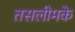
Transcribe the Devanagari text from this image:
तसलीमके